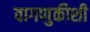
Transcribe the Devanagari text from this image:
वागणुकीशी